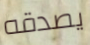
يصدقه